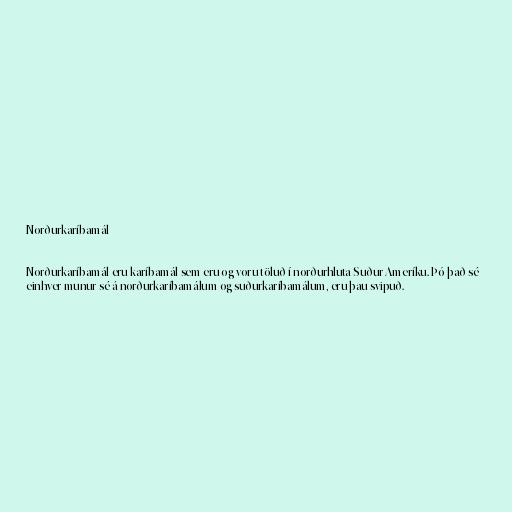
Norðurkaríbamál

Norðurkaríbamál eru karíbamál sem eru og voru töluð í norðurhluta Suður-Ameríku. Þó það sé
einhver munur sé á norðurkaríbamálum og suðurkaríbamálum, eru þau svipuð.